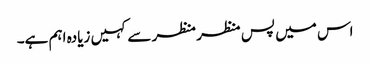
اس میں پس منظر منظر سے کہیں زیادہ اہم ہے۔